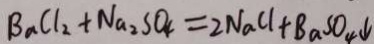
B a C l _ { 2 } + N a _ { 2 } S O _ { 4 } = 2 N a C l + B a S O _ { 4 } \downarrow